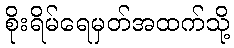
စိုးရိမ်ရေမှတ်အထက်သို့